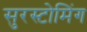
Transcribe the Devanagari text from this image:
सुरस्टोमिंग